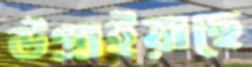
উগ্‌রাইয়াছে